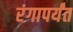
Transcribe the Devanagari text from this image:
रंगापर्यंत